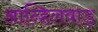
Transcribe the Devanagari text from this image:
आन्हिलवाड़